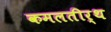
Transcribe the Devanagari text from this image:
कमलतीर्थ